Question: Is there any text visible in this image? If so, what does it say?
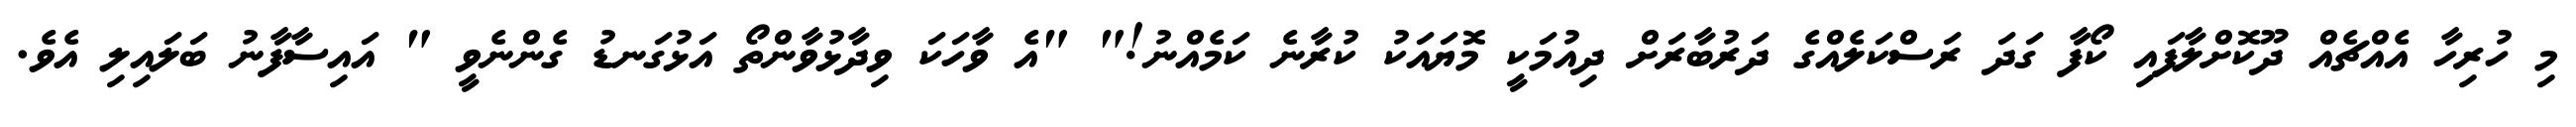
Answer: މި ހުރިހާ އެއްޗެއް ދޫކޮށްލާފައި ކޯފާ ގަދަ ރަސްކަލެއްގެ ދަރުބާރަށް ދިއުމަކީ މޮޔައަކު ކުރާނެ ކަމެއްނު!" "އެ ވާހަކަ ވިދާޅުވާންތޯ އަޅުގަނޑު ގެންނެވީ " އައިސާފާނު ބަލައިލި އެވެ.